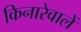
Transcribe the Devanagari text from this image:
किनारेवालें